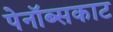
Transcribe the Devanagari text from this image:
पेनॉब्सकाट